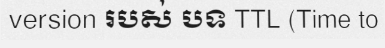
version របស់ បទ TTL (Time to